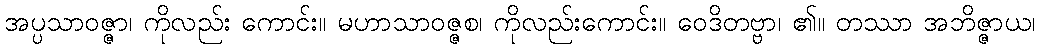
အပ္ပသာဝဇ္ဇာ၊ ကိုလည်း ကောင်း။ မဟာသာဝဇ္ဇစ၊ ကိုလည်းကောင်း။ ဝေဒိတဗ္ဗာ၊ ၏။ တဿာ အဘိဇ္ဇာယ၊